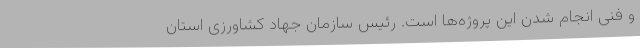
و فنی انجام شدن این پروژه‌ها است. رئیس سازمان جهاد کشاورزی استان